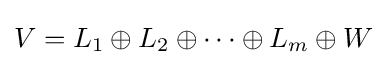
V=L_{1}\oplus L_{2}\oplus \cdots \oplus L_{m}\oplus W